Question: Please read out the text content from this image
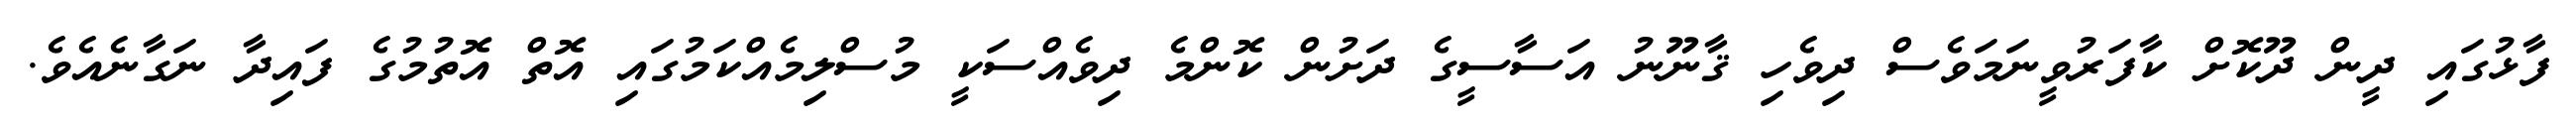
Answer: ފާޅުގައި ދީން ދޫކޮށް ކާފަރުވީނަމަވެސް ދިވެހި ޤާނޫނު އަސާސީގެ ދަށުން ކޮންމެ ދިވެއްސަކީ މުސްލިމެއްކަމުގައި އޮތް އޮތުމުގެ ފައިދާ ނަގާނެއެވެ.